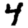
Digit: 4